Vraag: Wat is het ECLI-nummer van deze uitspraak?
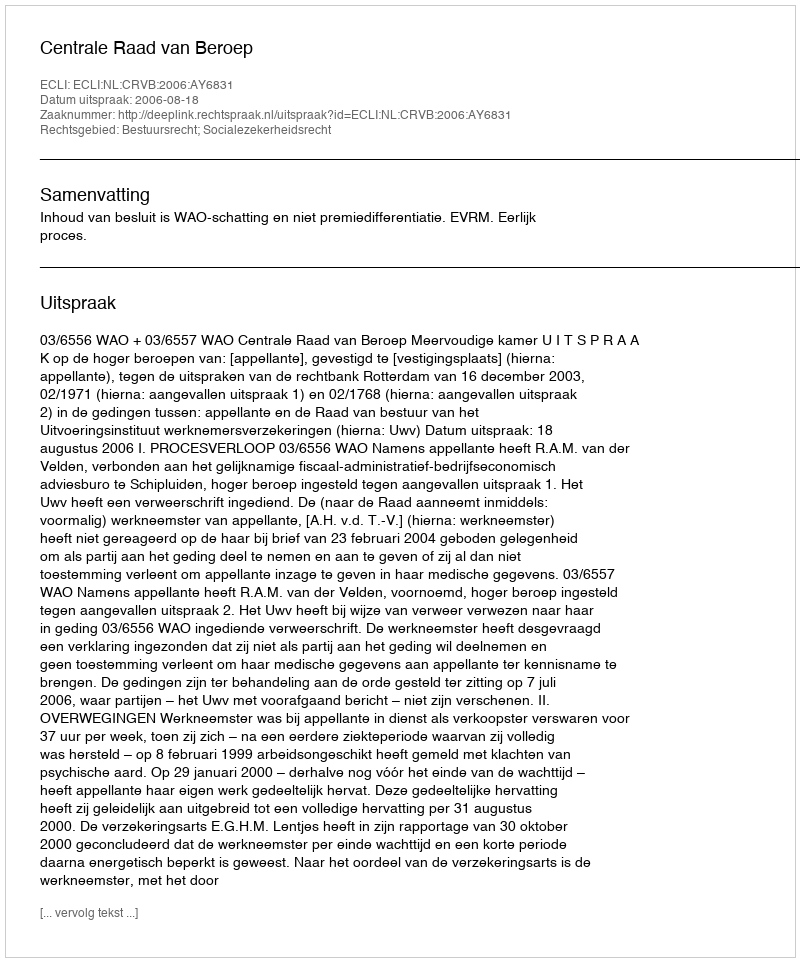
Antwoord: ECLI:NL:CRVB:2006:AY6831